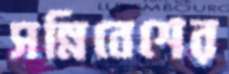
সন্নিবেশের